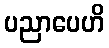
ပညာပေဟိ